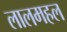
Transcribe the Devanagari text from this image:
लालमहल